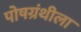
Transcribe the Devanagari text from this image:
पोषग्रंथीला